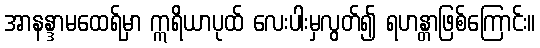
အာနန္ဒာမထေရ်မှာ ဣရိယာပုထ် လေးပါးမှလွတ်၍ ရဟန္တာဖြစ်ကြောင်း။